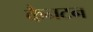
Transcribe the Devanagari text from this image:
कैनटन